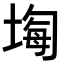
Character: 𡎧